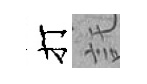
打託